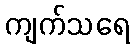
ကျက်သရေ